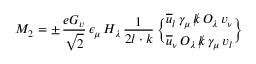
{ \cal M } _ { 2 } = \pm \, \frac { e G _ { v } } { \sqrt 2 } \, \epsilon _ { \mu } \, H _ { \lambda } \, \frac { 1 } { 2 l \cdot k } \, { { \overline { { u } } } _ { l } \, \gamma _ { \mu } \, { \rlap / k } \, O _ { \lambda } \, v _ { \nu } \brace { \overline { { u } } } _ { \nu } \, O _ { \lambda } \, { \rlap / k } \, \gamma _ { \mu } \, v _ { l } }